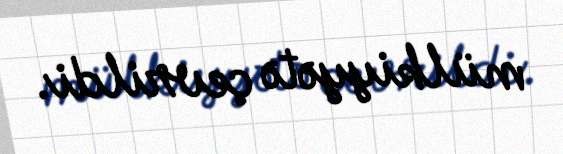
mülkiyyətə çevrildi.